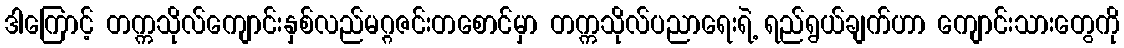
ဒါကြောင့် တက္ကသိုလ်ကျောင်းနှစ်လည်မဂ္ဂဇင်းတစောင်မှာ တက္ကသိုလ်ပညာရေးရဲ့ ရည်ရွယ်ချက်ဟာ ကျောင်းသားတွေကို